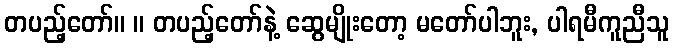
တပည့်တော်။ ။ တပည့်တော်နဲ့ ဆွေမျိုးတော့ မတော်ပါဘူး, ပါရမီကူညီသူ